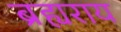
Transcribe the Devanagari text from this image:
ब्रह्यराय